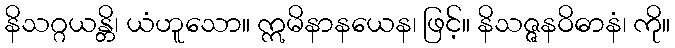
နိသဂ္ဂယန္တိ၊ ယံဟူသော။ ဣမိနာနယေန၊ ဖြင့်။ နိသဇ္ဇနဝိဓာနံ၊ ကို။